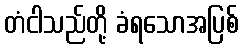
တံငါသည်တို့ ခံရသောအပြစ်